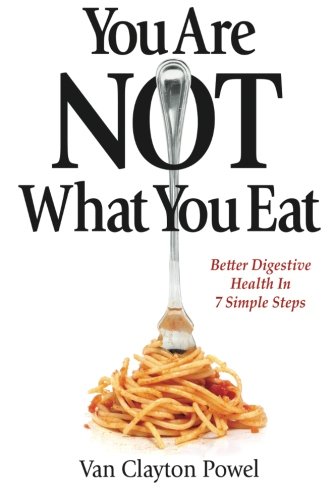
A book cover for You Are NOT What You Eat: Better Digestive Health In 7 Simple Steps; Van Clayton Powel; Health, Fitness & Dieting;